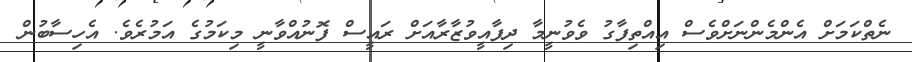
ނެތްކަމަށް އެންމެންނަށްވެސް އިއްތިފާގު ވެވުނީމާ ދިފާއީވުޒާރާއަށް ރައީސް ފޮނުއްވާނީ މިކަމުގެ އަމުރެވެ. އެހިސާބުން